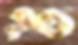
পুঁত